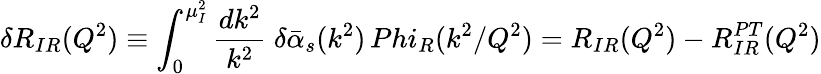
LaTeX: \delta R_{IR}(Q^{2})\equiv\int_{0}^{\mu_{I}^{2}}{\frac{dk^{2}}{k^{2}}}\ \delta\bar{\alpha}_{s}(k^{2})\, Phi_{R}(k^{2}/Q^{2})=R_{IR}(Q^{2})-R_{IR}^{PT}(Q^{2})